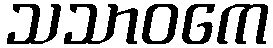
သသာဝကေ